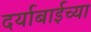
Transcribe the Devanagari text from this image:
दर्याबाईच्या